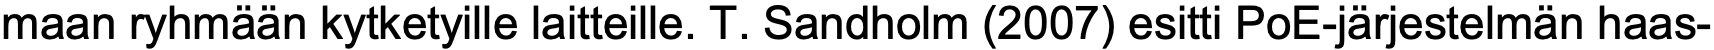
maan ryhmään kytketyille laitteille. T. Sandholm (2007) esitti PoE-järjestelmän haas-